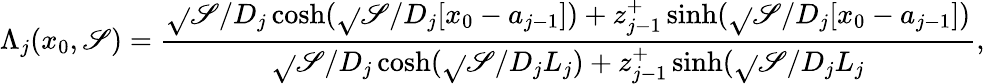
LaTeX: \Lambda_{j}(x_{0},\mathscr{S})=\frac{{\sqrt{}{{\mathscr{S}/D_{j}}}\cosh(\sqrt{}{{\mathscr{S}/D_{j}}}[x_{0}-a_{j-1}])+z_{j-1}^{+}\sinh(\sqrt{}{{\mathscr{S}/D_{j}}}[x_{0}-a_{j-1}])}}{{\sqrt{}{{\mathscr{S}/D_{j}}}\cosh(\sqrt{}{{\mathscr{S}/D_{j}}}L_{j})+z_{j-1}^{+}\sinh(\sqrt{}{{\mathscr{S}/D_{j}}}L_{j}}},